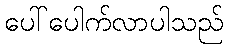
ပေါ်ပေါက်လာပါသည်